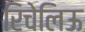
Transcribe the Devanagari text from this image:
रिचेलिऊ